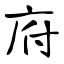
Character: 府